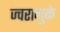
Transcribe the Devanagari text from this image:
ज्वरामुळे